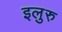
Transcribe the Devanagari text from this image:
इलुरु